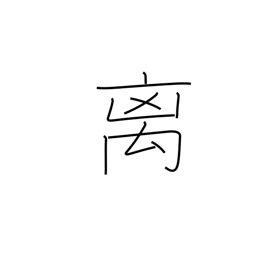
Meaning: rare beast